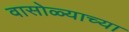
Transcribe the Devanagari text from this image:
वासोळ्याच्या